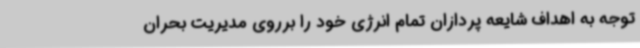
‌توجه به اهداف شایعه پردازان تمام انرژی خود را برروی مدیریت بحران